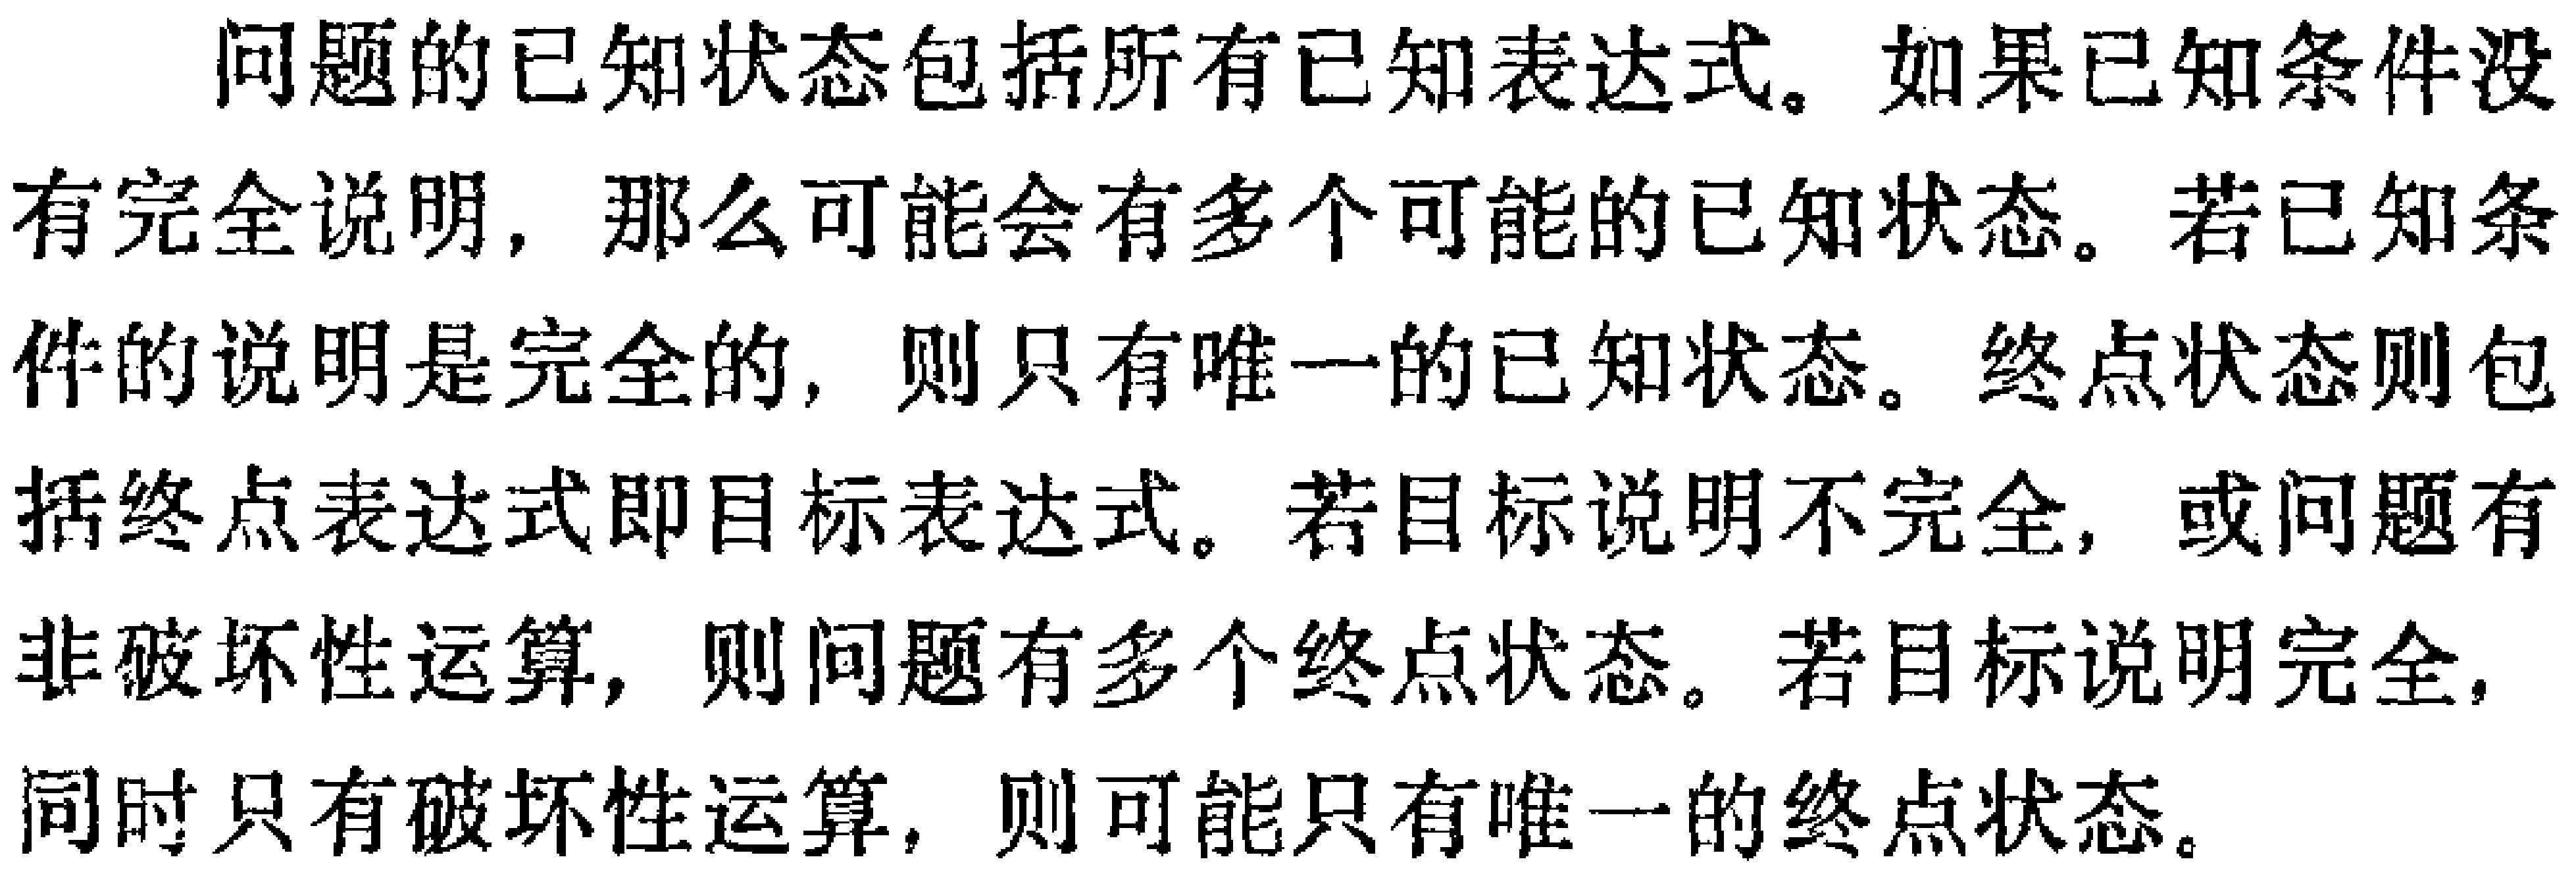
问题的已知状态包括所有已知表达式。如果已知条件没有完全说明，那么可能会有多个可能的已知状态。若已知条件的说明是完全的，则只有唯一的已知状态。终点状态则包括终点表达式即目标表达式。若目标说明不完全，或问题有非破坏性运算，则问题有多个终点状态。若目标说明完全，同时只有破坏性运算，则可能只有唯一的终点状态。